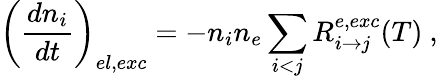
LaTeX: \left(\frac{dn_{i}}{dt}\right)_{el,exc}=-n_{i}n_{e}\sum_{i<j}R_{i\rightarrow j}^{e,exc}(T)\ ,